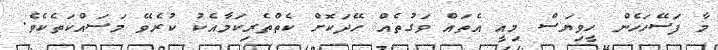
މާ ފަސޭހަހެން ހީވިޔަސް މިއީ އެތައް ވަގުތެއް ހޭދަކޮށް ކެތްތެރިކަމާއެކު ކުރެވޭ މަސައްކަތެކެވެ.